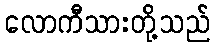
လောကီသားတို့သည်